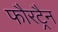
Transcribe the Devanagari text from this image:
फौरट्रैन